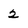
Character: 2